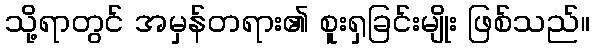
သို့ရာတွင် အမှန်တရား၏ စူးရှခြင်းမျိုး ဖြစ်သည်။